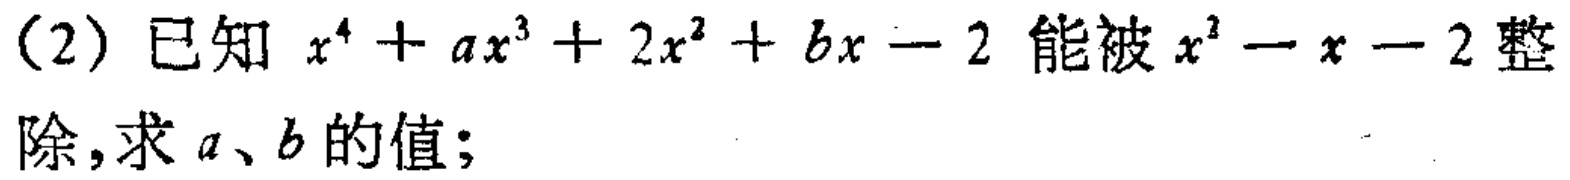
(2) 已知 \(x^{4}+ax^{3}+2x^{2}+bx - 2\) 能被 \(x^{2}-x - 2\) 整除，求 \(a\)、\(b\) 的值；